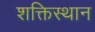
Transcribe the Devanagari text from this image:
शक्तिस्थान